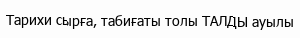
Тарихи сырға, табиғаты толы ТАЛДЫ ауылы